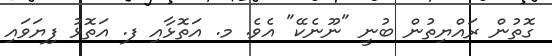
ގޮތުން ރައްޔިތުން ބުނީ "ނޫނެކޭ" އެވެ. މ. އަތޮޅާއި ފ. އަތޮޅު ފިޔަވައި